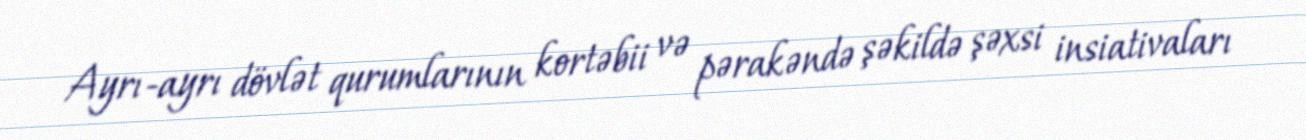
Ayrı-ayrı dövlət qurumlarının kortəbii və pərakəndə şəkildə şəxsi insiativaları